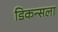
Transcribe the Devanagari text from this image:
डिकन्सला